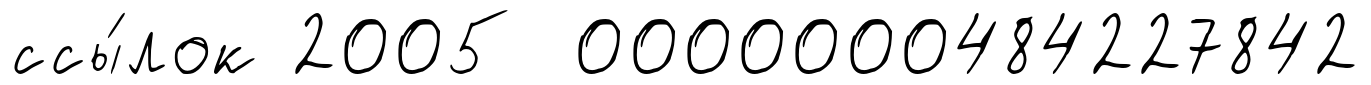
ссы́лок 2005 0000000484227842